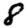
Digit: 8